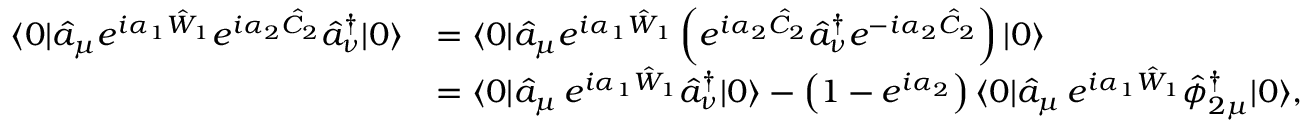
\begin{array} { r l } { \langle 0 | \hat { a } _ { \mu } e ^ { i \alpha _ { 1 } \hat { W } _ { 1 } } e ^ { i \alpha _ { 2 } \hat { C } _ { 2 } } \hat { a } _ { \nu } ^ { \dagger } | 0 \rangle } & { = \langle 0 | \hat { a } _ { \mu } e ^ { i \alpha _ { 1 } \hat { W } _ { 1 } } \left( e ^ { i \alpha _ { 2 } \hat { C } _ { 2 } } \hat { a } _ { \nu } ^ { \dagger } e ^ { - i \alpha _ { 2 } \hat { C } _ { 2 } } \right) | 0 \rangle } \\ & { = \langle 0 | \hat { a } _ { \mu } \, e ^ { i \alpha _ { 1 } \hat { W } _ { 1 } } \hat { a } _ { \nu } ^ { \dagger } | 0 \rangle - \left( 1 - e ^ { i \alpha _ { 2 } } \right) \langle 0 | \hat { a } _ { \mu } \, e ^ { i \alpha _ { 1 } \hat { W } _ { 1 } } \hat { \phi } _ { 2 \mu } ^ { \dagger } | 0 \rangle , } \end{array}